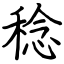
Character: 稔